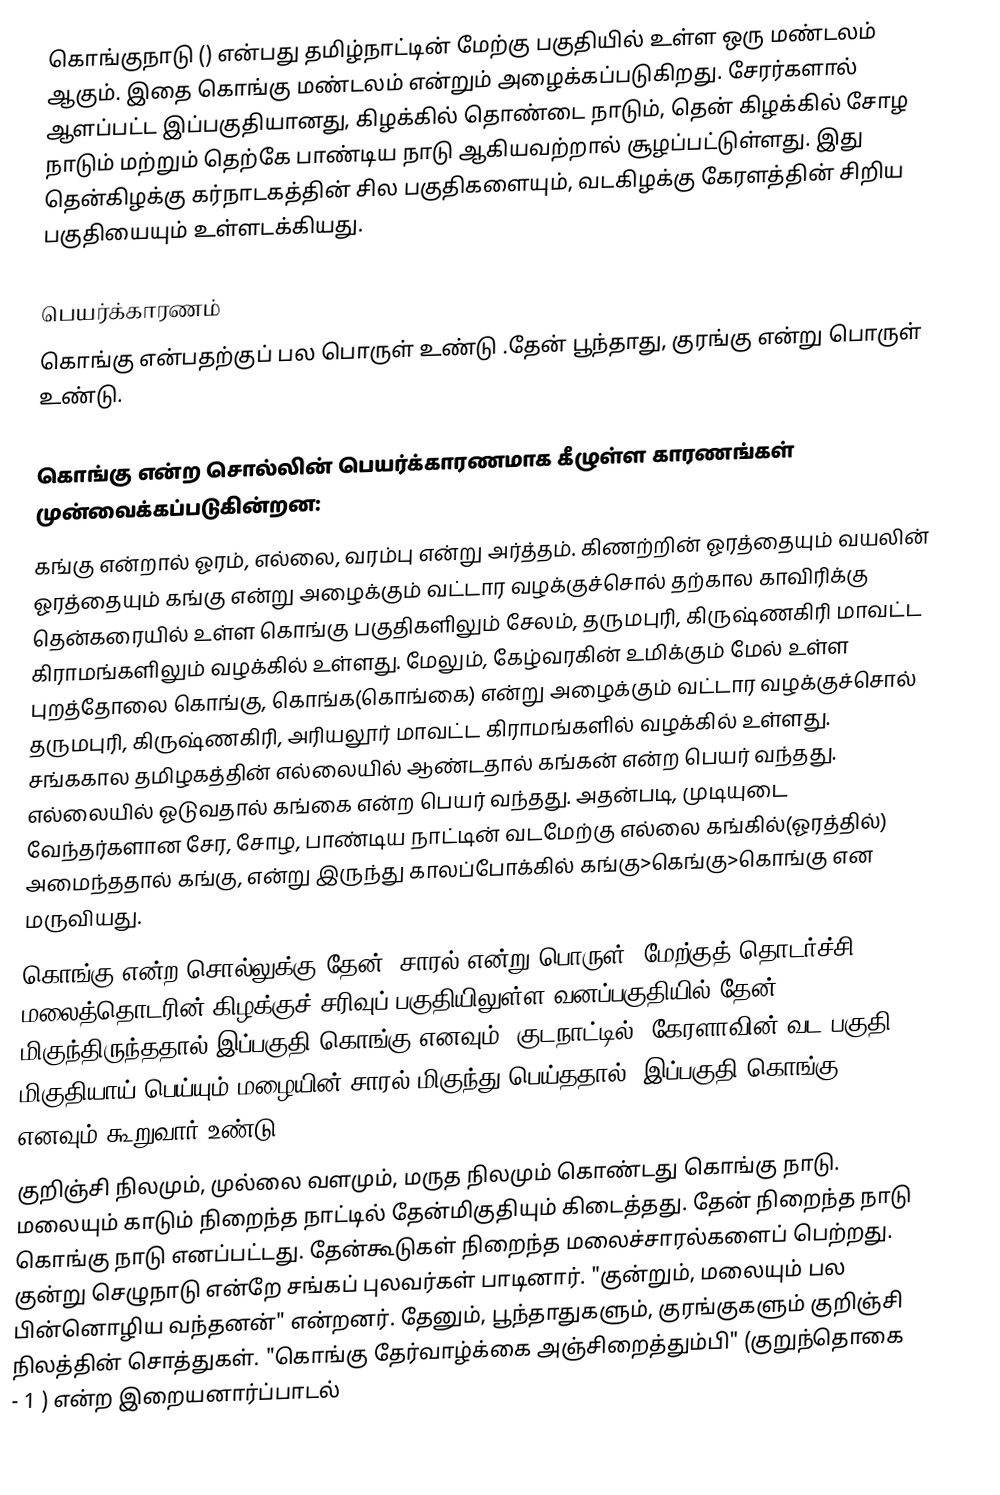
கொங்குநாடு () என்பது தமிழ்நாட்டின் மேற்கு பகுதியில் உள்ள ஒரு மண்டலம் ஆகும். இதை கொங்கு மண்டலம் என்றும் அழைக்கப்படுகிறது. சேரர்களால் ஆளப்பட்ட இப்பகுதியானது, கிழக்கில் தொண்டை நாடும், தென் கிழக்கில் சோழ நாடும் மற்றும் தெற்கே பாண்டிய நாடு ஆகியவற்றால் சூழப்பட்டுள்ளது. இது தென்கிழக்கு கர்நாடகத்தின் சில பகுதிகளையும், வடகிழக்கு கேரளத்தின் சிறிய பகுதியையும் உள்ளடக்கியது.

பெயர்க்காரணம்
கொங்கு என்பதற்குப் பல பொருள் உண்டு .தேன் பூந்தாது, குரங்கு என்று பொருள் உண்டு.

கொங்கு என்ற சொல்லின் பெயர்க்காரணமாக கீழுள்ள காரணங்கள் முன்வைக்கப்படுகின்றன:
 கங்கு என்றால் ஓரம், எல்லை, வரம்பு என்று அர்த்தம். கிணற்றின் ஓரத்தையும் வயலின் ஓரத்தையும் கங்கு என்று அழைக்கும் வட்டார வழக்குச்சொல் தற்கால காவிரிக்கு தென்கரையில் உள்ள கொங்கு பகுதிகளிலும் சேலம், தருமபுரி, கிருஷ்ணகிரி மாவட்ட கிராமங்களிலும் வழக்கில் உள்ளது. மேலும், கேழ்வரகின் உமிக்கும் மேல் உள்ள புறத்தோலை கொங்கு, கொங்க(கொங்கை) என்று அழைக்கும் வட்டார வழக்குச்சொல் தருமபுரி, கிருஷ்ணகிரி, அரியலூர் மாவட்ட கிராமங்களில் வழக்கில் உள்ளது. சங்ககால தமிழகத்தின் எல்லையில் ஆண்டதால் கங்கன் என்ற பெயர் வந்தது. எல்லையில் ஓடுவதால் கங்கை என்ற பெயர் வந்தது. அதன்படி, முடியுடை வேந்தர்களான சேர, சோழ, பாண்டிய நாட்டின் வடமேற்கு எல்லை கங்கில்(ஓரத்தில்) அமைந்ததால் கங்கு, என்று இருந்து காலப்போக்கில் கங்கு>கெங்கு>கொங்கு என மருவியது.
 கொங்கு என்ற சொல்லுக்கு தேன், சாரல் என்று பொருள். மேற்குத் தொடர்ச்சி மலைத்தொடரின் கிழக்குச் சரிவுப் பகுதியிலுள்ள வனப்பகுதியில் தேன் மிகுந்திருந்ததால் இப்பகுதி கொங்கு எனவும், குடநாட்டில் (கேரளாவின் வட பகுதி) மிகுதியாய் பெய்யும் மழையின் சாரல் மிகுந்து பெய்ததால், இப்பகுதி கொங்கு எனவும் கூறுவார் உண்டு.
 குறிஞ்சி நிலமும், முல்லை வளமும், மருத நிலமும் கொண்டது கொங்கு நாடு. மலையும் காடும் நிறைந்த நாட்டில் தேன்மிகுதியும் கிடைத்தது. தேன் நிறைந்த நாடு கொங்கு நாடு எனப்பட்டது. தேன்கூடுகள் நிறைந்த மலைச்சாரல்களைப் பெற்றது. குன்று செழுநாடு என்றே சங்கப் புலவர்கள் பாடினார். "குன்றும், மலையும் பல பின்னொழிய வந்தனன்" என்றனர். தேனும், பூந்தாதுகளும், குரங்குகளும் குறிஞ்சி நிலத்தின் சொத்துகள். "கொங்கு தேர்வாழ்க்கை அஞ்சிறைத்தும்பி" (குறுந்தொகை - 1 ) என்ற இறையனார்ப்பாடல்